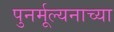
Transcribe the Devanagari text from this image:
पुनर्मूल्यनाच्या